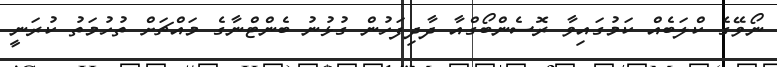
ނޯވޭގެ ކްލަބެއް ކަމުގައިވާ ރޮސެންބޯގްއާ ދާދިފަހުން ގުޅުނު ބެންޓްނާގެ މައްޗަށް ތުހުމަތު ކުރަނީ